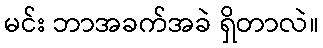
မင်း ဘာအခက်အခဲ ရှိတာလဲ။